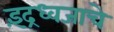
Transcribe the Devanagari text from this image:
इंद्रध्वजाचे